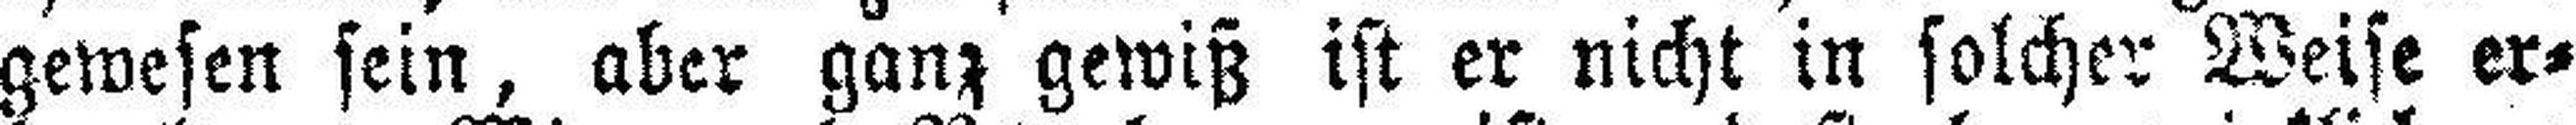
gewesen sein, aber ganz gewiß ist er nicht in solcher Weise er¬